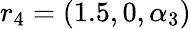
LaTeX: r_{4}=(1.5,0,\alpha_{3})